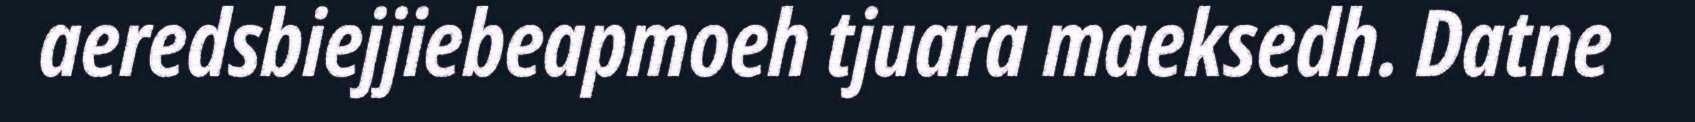
aeredsbiejjiebeapmoeh tjuara maeksedh. Datne